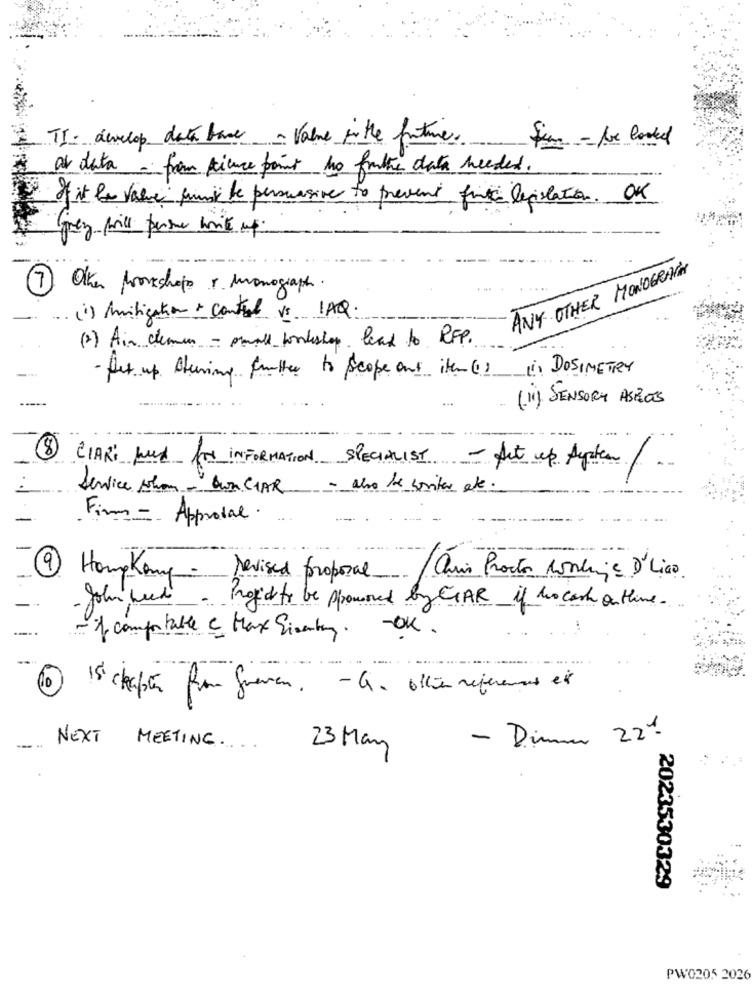
TI. develop data base - Value in the future.
Sim - be locked
al data - from cience point no frutte data needed.
If it la value fund be persuasive to prevent fint legislation. OK
(juez price perse write up:
ANY OTHER MONOGRACH
1 Oken provechops : monographs.
(i) Amitigation & control vs 1AQ:
(2) Ain chemin - prall workshop lead to RFP.
DOSIMETRY
- fet up. Aturing further to scope out item (1)
..
(1) SENSORY ASEOS
CLARI feed for INFORMATION SPECIALIST - Act up System /-
Service schon -" BenCHAR - also be contar et.
Firm - Approval.
9
HampKony-
revised proposal
Quis Proctor conlinje D'Lico
10
John week- Projecto be Apowered by CAR if to cash on theme.
-OK .
1 comptable c Max Sinatry.
....
10
15 cheaper for Greven. - C. ollie references et
- Dimm 22%
-....
NEXT
MEETING ....
23 May
2023530329
PW0205 2026